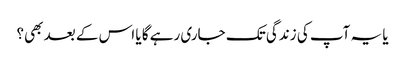
یا یہ آپ کی زندگی تک جاری رہے گا یا اس کے بعد بھی؟